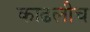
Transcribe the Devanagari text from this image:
काढलीच